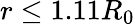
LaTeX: r\leq 1.11R_{0}